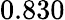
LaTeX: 0.830